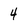
Character: 4